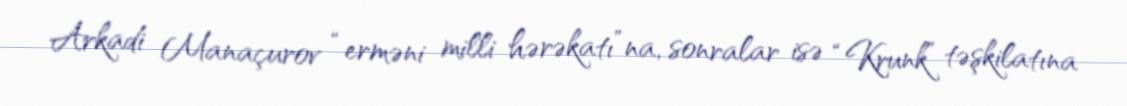
Arkadi Manaçurov “erməni milli hərəkatı”na, sonralar isə “Krunk” təşkilatına